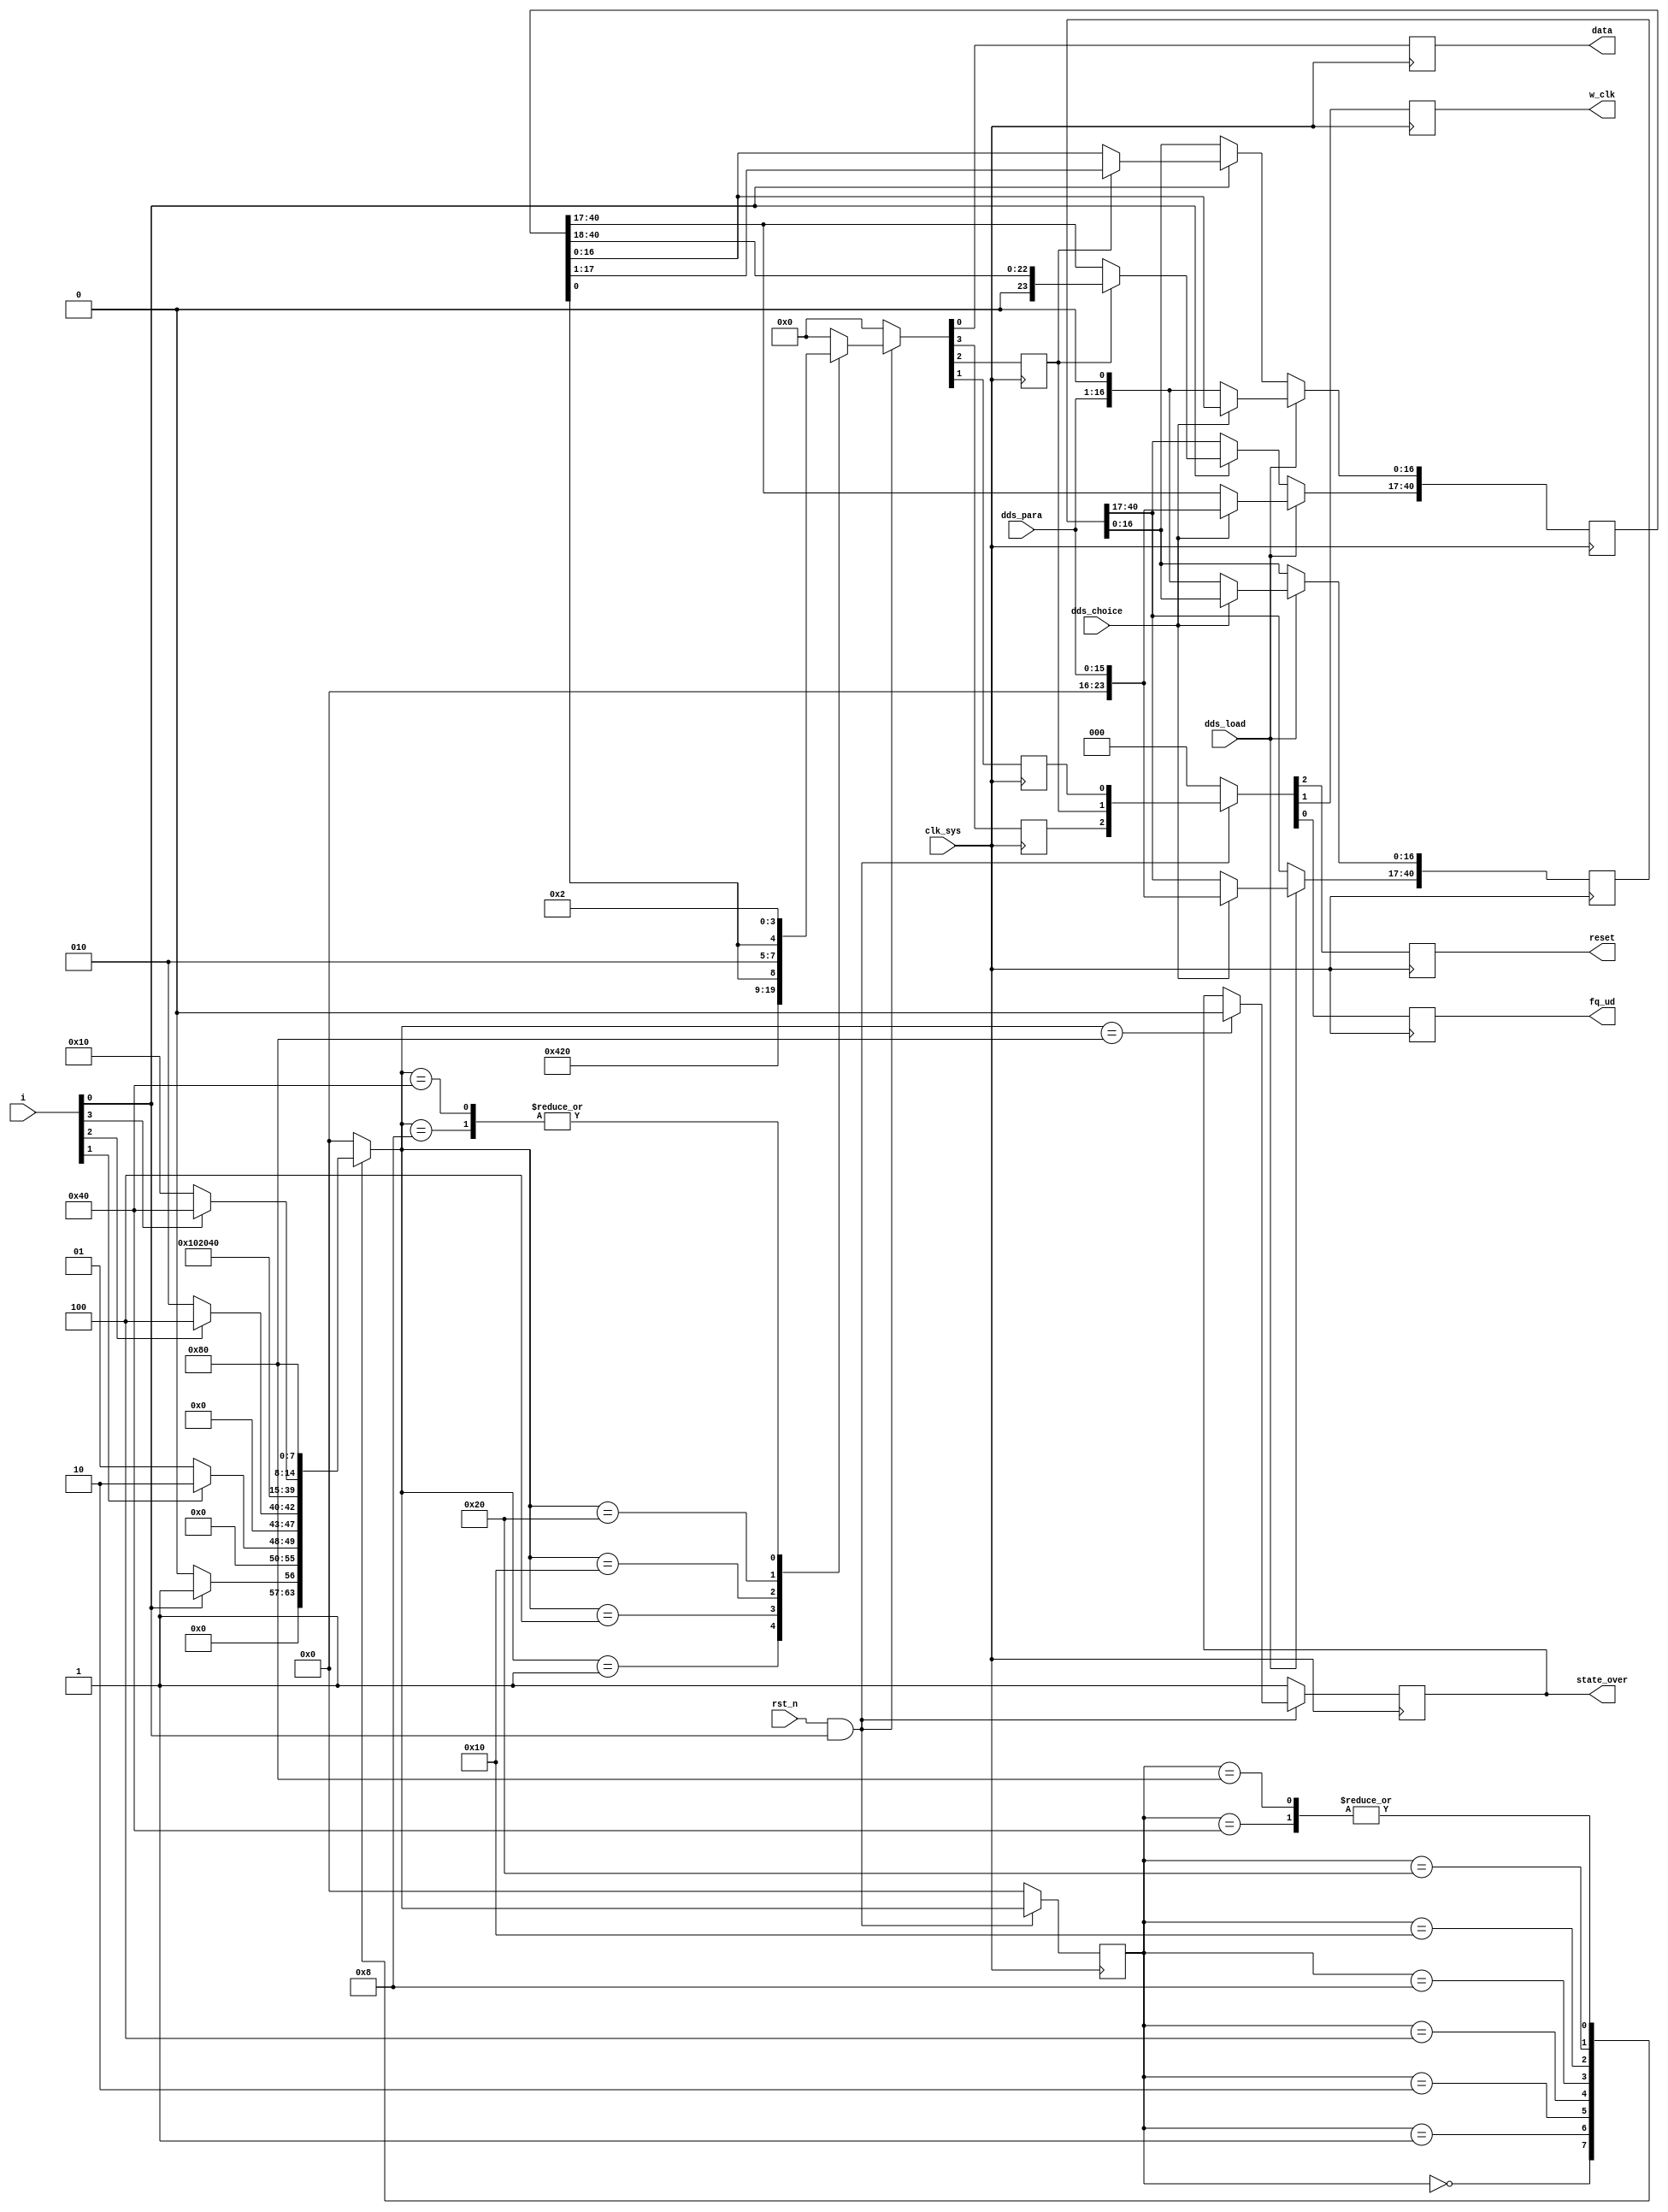
// dds_state.v
module dds_state (
                  clk_sys,
                  rst_n,
                  dds_load,
                  dds_choice,
                  i,
                  dds_para,
                  reset,
                  w_clk,
                  fq_ud,
                  data,
                  state_over
                 );

input clk_sys;
input rst_n;
input dds_load;
input dds_choice;
input [3:0] i;
input [15:0] dds_para;

output reset;
output w_clk;
output fq_ud;
output data;
output state_over;

reg reset;
reg w_clk;
reg fq_ud;
reg data;
reg state_over;

reg reset_reg;
reg w_clk_reg;
reg fq_ud_reg;

reg [7:0] cs;
reg [7:0] ns;

reg [40:0] para;
reg [40:0] para_reg;//parapara_reg

parameter [7:0] PHASE_PARA = 8'h00;

parameter [7:0] IDLE       = 8'b00000000,
                RST1       = 8'b00000001,
                RST2       = 8'b00000010,
                MODE_SEL1  = 8'b00000100,
                MODE_SEL2  = 8'b00001000,
                PARA_LOAD1 = 8'b00010000,
                PARA_LOAD2 = 8'b00100000,
                UPDATE     = 8'b01000000,
                OVER       = 8'b10000000;

wire en;

assign en = rst_n & i[0];

always @ (posedge clk_sys)
    begin
         if (dds_load == 1'b1)
             begin
                  if (dds_choice == 1'b0)
                      begin
                           para[16:0]      <= {dds_para[15:0],1'b0};
                           para_reg[16:0]  <= {dds_para[15:0],1'b0};
                      end
                  else
                      begin
                           para[40:17]     <= {PHASE_PARA,dds_para[15:0]};
                           para_reg[40:17] <= {PHASE_PARA,dds_para[15:0]};
                      end
             end
         else
             begin//w_clk_regpara0
                  if (i[0] == 1'b1)
                      begin
                           if (w_clk_reg == 1'b1)
                               para <= para >> 1;
                           else
                               para <= para;
                      end
                  else
                      para <= para_reg;
             end
    end

always @ (posedge clk_sys)
    begin
         if (en == 1'b0)
             cs <= IDLE;
         else
             cs <= ns;
    end

always @ (cs or i)
    begin
         case (cs)
             IDLE:
                 begin
                      if (i[0] == 1'b1)
                          ns = RST1;
                      else
                          ns = IDLE;
                 end
             RST1:
                 begin
                      if (i[1] == 1'b1)
                          ns = RST2;
                      else
                          ns = RST1;
                 end
             RST2:
                 begin
                      if (i[2] == 1'b1)
                          ns = MODE_SEL1;
                      else
                          ns = RST2;
                 end
             MODE_SEL1:
                 ns = MODE_SEL2;
             MODE_SEL2:
                 ns = PARA_LOAD1;
             PARA_LOAD1:
                 ns = PARA_LOAD2;
             PARA_LOAD2:
                 begin
                      if (i[3] == 1'b1)
                          ns = UPDATE;
                      else
                          ns = PARA_LOAD1;
                 end
             UPDATE:
                 ns = OVER;
             OVER:
                 ns = OVER;
             default:
                 ns = IDLE; 
         endcase         
    end

always @ (posedge clk_sys)
    begin
         if (en == 1'b0)
             begin
                  {reset_reg,w_clk_reg,fq_ud_reg,data} <= 4'b0;
                  state_over <= 1'b1;
             end
         else
             begin
                  case (ns)
                      IDLE:
                          {reset_reg,w_clk_reg,fq_ud_reg,data} <= 4'b0;
                      RST1:
                          {reset_reg,w_clk_reg,fq_ud_reg,data} <= 4'b1000;
                      RST2:
                          {reset_reg,w_clk_reg,fq_ud_reg,data} <= 4'b0000;
                      MODE_SEL1:
                          {reset_reg,w_clk_reg,fq_ud_reg,data} <= 4'b0100;
                      MODE_SEL2:
                          {reset_reg,w_clk_reg,fq_ud_reg,data} <= 4'b0010;
                      PARA_LOAD1:
                          {reset_reg,w_clk_reg,fq_ud_reg,data} <= {3'b000,para[0]};
                      PARA_LOAD2:
                          {reset_reg,w_clk_reg,fq_ud_reg,data} <= {3'b010,para[0]};
                      UPDATE:
                          {reset_reg,w_clk_reg,fq_ud_reg,data} <= 4'b0010;
                      OVER:
                          begin
                               {reset_reg,w_clk_reg,fq_ud_reg,data} <= 4'b0000;
                               state_over <= 1'b0;
                          end
                      default:
                          {reset_reg,w_clk_reg,fq_ud_reg,data} <= 4'b0;
                  endcase
             end
    end

always @ (posedge clk_sys)
    begin//
         if (en == 1'b0)
             {reset,w_clk,fq_ud} <= 3'b0;
         else
             {reset,w_clk,fq_ud} <= {reset_reg,w_clk_reg,fq_ud_reg};
    end

endmodule